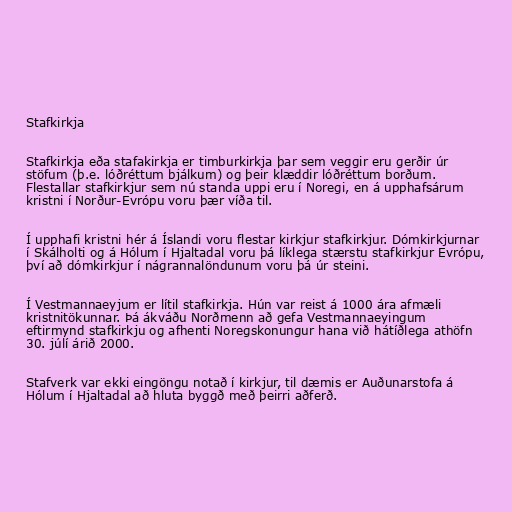
Stafkirkja

Stafkirkja eða stafakirkja er timburkirkja þar sem veggir eru gerðir úr
stöfum (þ.e. lóðréttum bjálkum) og þeir klæddir lóðréttum borðum.
Flestallar stafkirkjur sem nú standa uppi eru í Noregi, en á upphafsárum
kristni í Norður-Evrópu voru þær víða til.

Í upphafi kristni hér á Íslandi voru flestar kirkjur stafkirkjur. Dómkirkjurnar
í Skálholti og á Hólum í Hjaltadal voru þá líklega stærstu stafkirkjur Evrópu,
því að dómkirkjur í nágrannalöndunum voru þá úr steini.

Í Vestmannaeyjum er lítil stafkirkja. Hún var reist á 1000 ára afmæli
kristnitökunnar. Þá ákváðu Norðmenn að gefa Vestmannaeyingum
eftirmynd stafkirkju og afhenti Noregskonungur hana við hátíðlega athöfn
30. júlí árið 2000.

Stafverk var ekki eingöngu notað í kirkjur, til dæmis er Auðunarstofa á
Hólum í Hjaltadal að hluta byggð með þeirri aðferð.